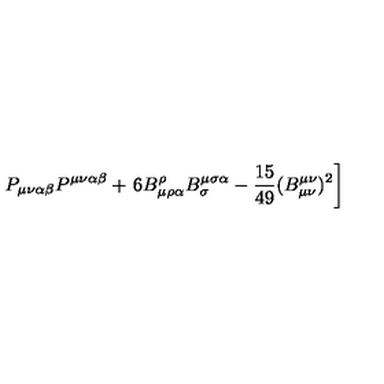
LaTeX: P _ { \mu \nu \alpha \beta } P ^ { \mu \nu \alpha \beta } + \left. 6 B _ { \mu \rho \alpha } ^ { \rho } B _ { \sigma } ^ { \mu \sigma \alpha } - \frac { 1 5 } { 4 9 } ( B _ { \mu \nu } ^ { \mu \nu } ) ^ { 2 } \right]